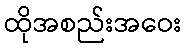
ထိုအစည်းအဝေး